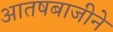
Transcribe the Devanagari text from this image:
आतषबाजीने